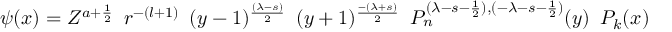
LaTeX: \psi ( x ) = Z ^ { a + \frac { 1 } { 2 } } \, \, \, r ^ { - ( l + 1 ) } \, \, \, ( y - 1 ) ^ { \frac { ( \lambda - s ) } { 2 } } \, \, \, ( y + 1 ) ^ { \frac { - ( \lambda + s ) } { 2 } } \, \, \, P _ { n } ^ { ( \lambda - s - \frac { 1 } { 2 } ) , ( - \lambda - s - \frac { 1 } { 2 } ) } ( y ) \, \, \, P _ { k } ( x )